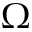
\Omega